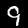
Label: 9